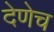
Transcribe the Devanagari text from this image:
देणेच